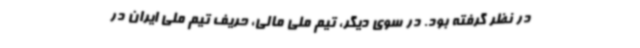
در نظر گرفته بود. در سوی دیگر، تیم ملی مالی، حریف تیم ملی ایران در